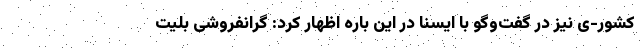
کشور-ی نیز در گفت‌وگو با ایسنا در این باره اظهار کرد: گرانفروشی بلیت